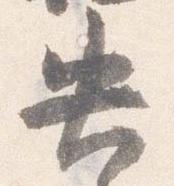
失